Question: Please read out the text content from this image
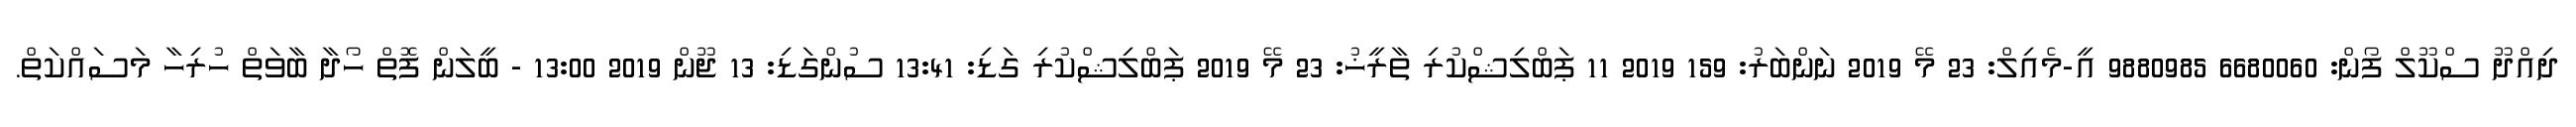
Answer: ދިއްދޫ ސްކޫލް ފޯން: 6680060 9880985 އީ-މެއިލް: 23 މޭ 2019 ނަންބަރު: 159 2019 11 ޕަބްލިޝްކުރި ތާރީޚު: 23 މޭ 2019 ޕަބްލިޝްކުރި ގަޑި: 13:41 ސުންގަޑި: 13 ޖޫން 2019 13:00 - ބީލަން ފޮތް ހޯދާ ބާވަތް ހުރިހާ މަސައްކަތް.